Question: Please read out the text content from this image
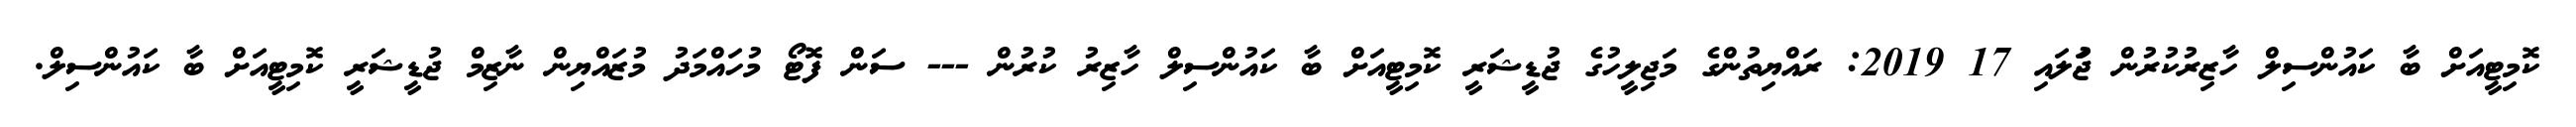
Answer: ކޮމިޓީއަށް ބާ ކައުންސިލް ހާޒިރުކުރުން ޖުަލައި 17 2019: ރައްޔިތުންގެ މަޖިލީހުގެ ޖުޑީޝަރީ ކޮމިޓީއަށް ބާ ކައުންސިލް ހާޒިރު ކުރުން --- ސަން ފޮޓޯ މުހައްމަދު މުޒައްޔިން ނާޒިމް ޖުޑީޝަރީ ކޮމިޓީއަށް ބާ ކައުންސިލް.